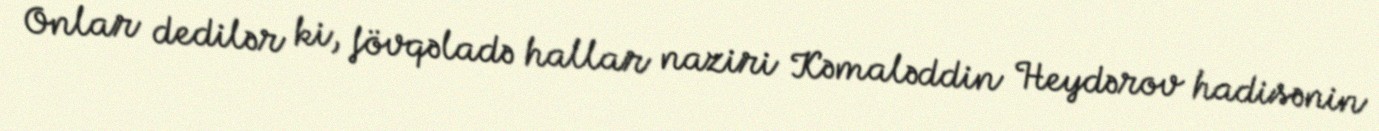
Onlar dedilər ki, fövqəladə hallar naziri Kəmaləddin Heydərov hadisənin